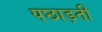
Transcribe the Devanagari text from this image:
पछाड़ती